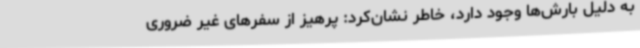
به دلیل بارش‌ها وجود دارد، خاطر نشان‌کرد: پرهیز از سفرهای غیر ضروری